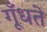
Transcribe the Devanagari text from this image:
गूँधते